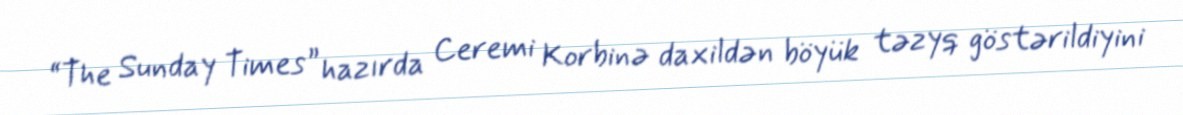
“The Sunday Times” hazırda Ceremi Korbinə daxildən böyük təzyq göstərildiyini